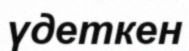
үдеткен